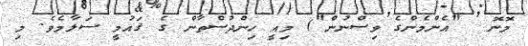
މޮނޮ  "އެންމެންގެ ވިސްނުން") މިއީ ހިންދުސްތާން ގެ ޤައުމީ ސަލާމެވެ. މި